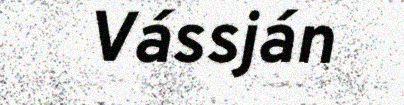
Vássján